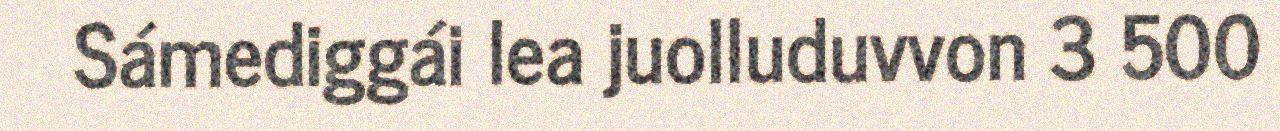
Sámediggái lea juolluduvvon 3 500